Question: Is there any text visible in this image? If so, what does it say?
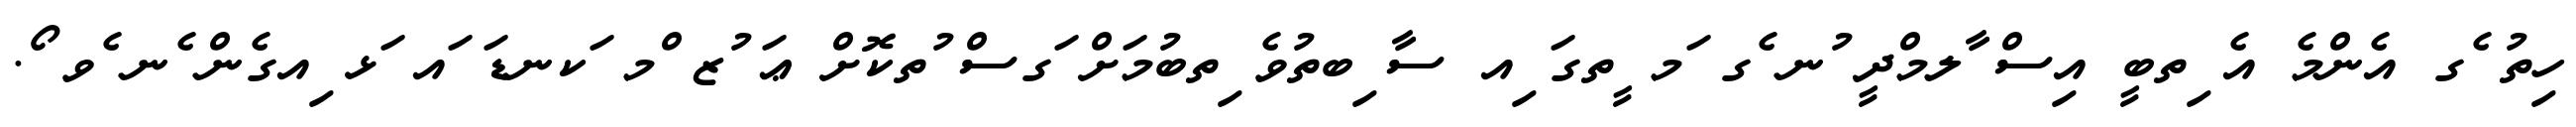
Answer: ހިތު ެގ އެންމެ އެ ިތބީ އިސް ާލމްދީ ުނ ެގ ަމ ީތގަ ިއ ސާ ިބތުވެ ިތބުމަށް ަގސް ުތކޮށް ޢަ ުޒ ްމ ަކނޑަ ައ ަޅ ިއގެން ެނ ެވ ޯ.